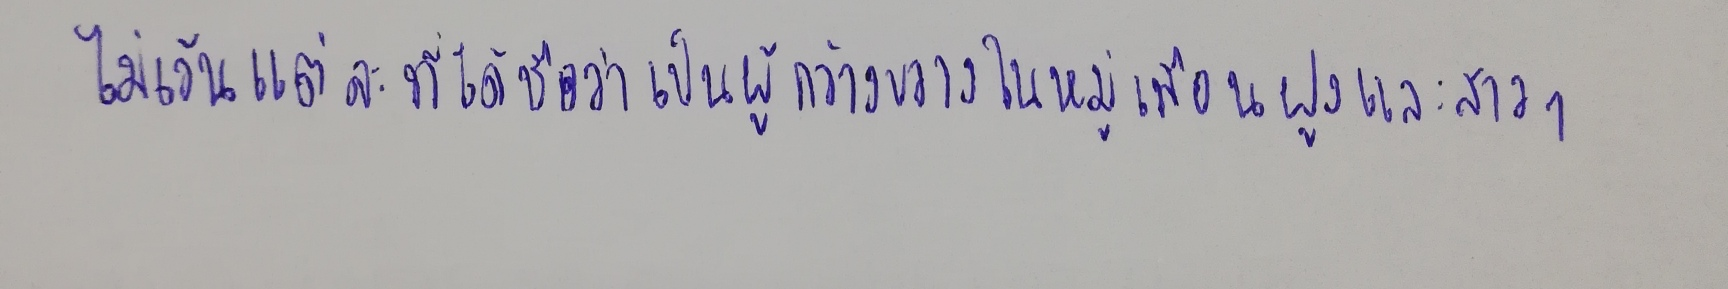
ไม่เว้นแต่ละที่ได้ชื่อว่าเป็นผู้กว้างขวางในหมู่เพื่อนฝูงและสาวๆ